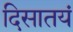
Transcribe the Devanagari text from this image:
दिसातयं